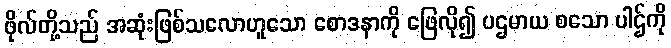
ဖိုလ်တို့သည် အဆုံးဖြစ်သလောဟူသော စောဒနာကို ဖြေလို၍ ပဌမာယ စသော ပါဌ်ကို